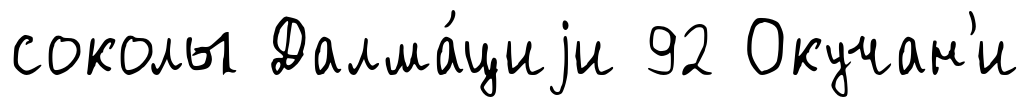
соколы Далма́циjи 92 Окучан'и